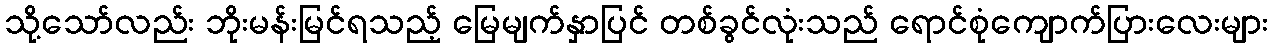
သို့သော်လည်း ဘိုးမန်းမြင်ရသည့် မြေမျက်နှာပြင် တစ်ခွင်လုံးသည် ရောင်စုံကျောက်ပြားလေးများ